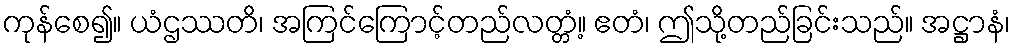
ကုန်စေ၍။ ယံဌဿတိ၊ အကြင်ကြောင့်တည်လတ္တံ့။ ဧတံ၊ ဤသို့တည်ခြင်းသည်။ အဋ္ဌာနံ၊